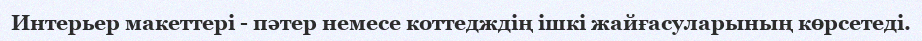
Интерьер макеттерi - пәтер немесе коттедждiң iшкi жайғасуларының көрсетедi.